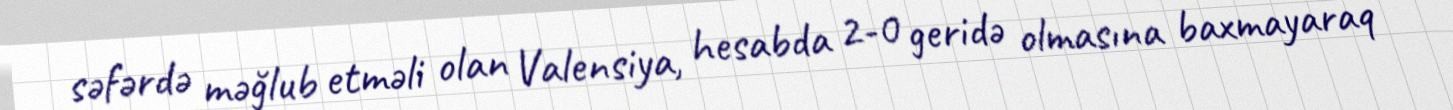
səfərdə məğlub etməli olan Valensiya, hesabda 2-0 geridə olmasına baxmayaraq